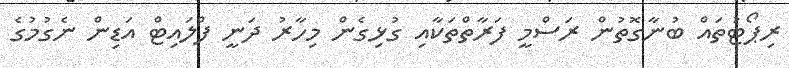
ރިޕޯޓުތައް ބުނާގޮތުން ރަސްމީ ފަރާތްތަކާއި ގުޅިގެން މިހާރު ދަނީ ފްލައިޓް އަޑިން ނެގުމުގެ